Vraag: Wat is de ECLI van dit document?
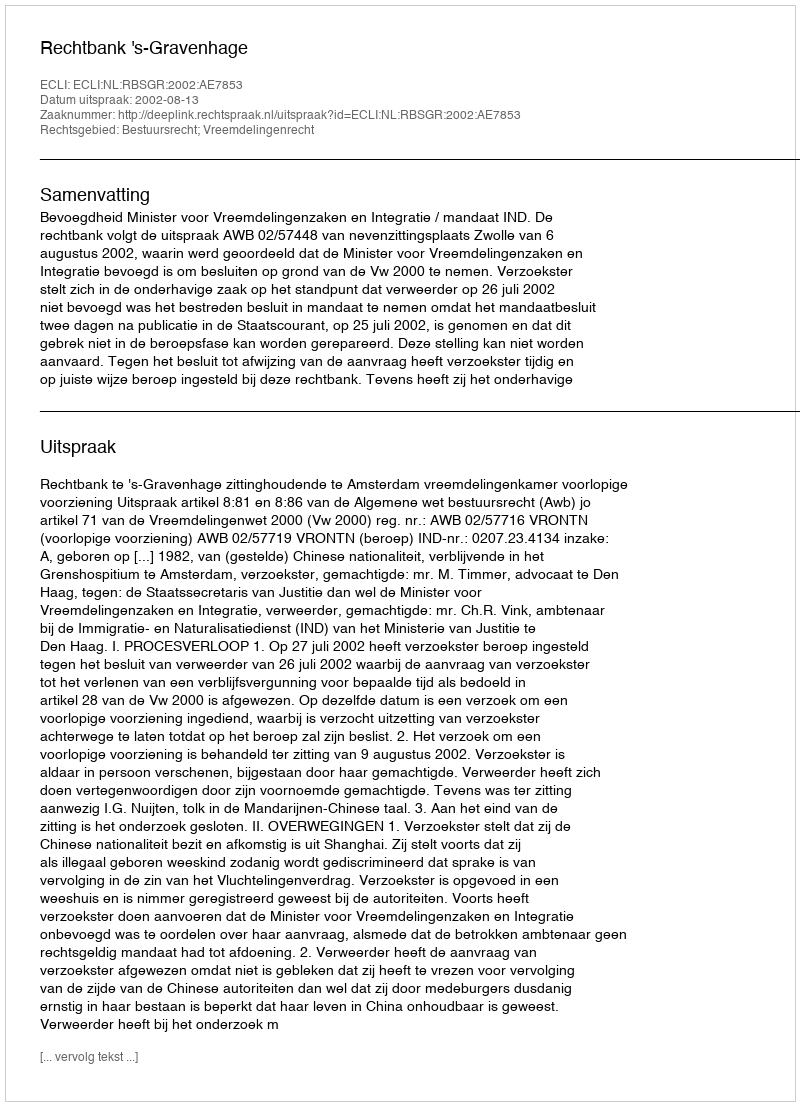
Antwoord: ECLI:NL:RBSGR:2002:AE7853